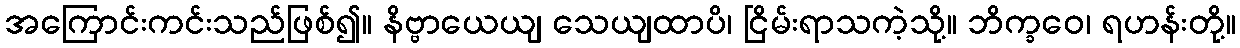
အကြောင်းကင်းသည်ဖြစ်၍။ နိဗ္ဗာယေယျ သေယျထာပိ၊ ငြိမ်းရာသကဲ့သို့။ ဘိက္ခဝေ၊ ရဟန်းတို့။